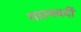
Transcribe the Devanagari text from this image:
गाल्स्वर्दी